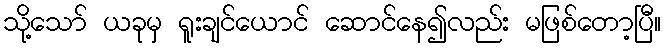
သို့သော် ယခုမှ ရူးချင်ယောင် ဆောင်နေ၍လည်း မဖြစ်တော့ပြီ။